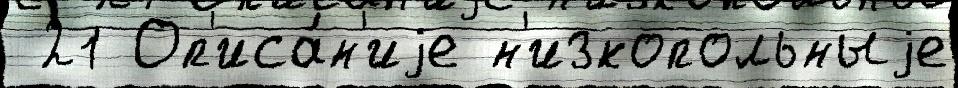
 21 Оп'иса́н'иjе н'изкопольныjе